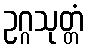
ဥဂ္ဂသုတ္တံ